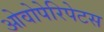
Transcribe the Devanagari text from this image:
ओवोपेरिपेटस